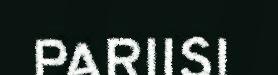
PARIISI